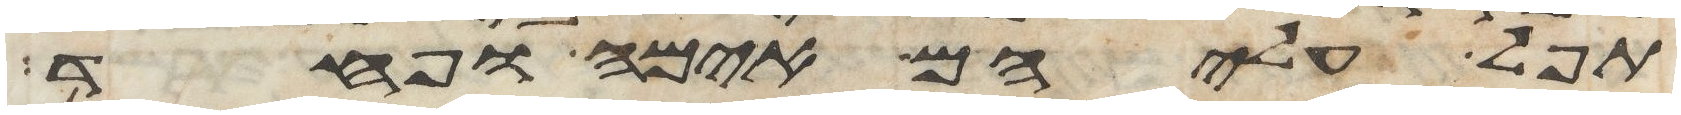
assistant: תפל עליהם אימה ופחד